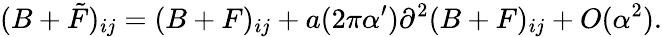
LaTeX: (B+\tilde{F})_{ij}=(B+F)_{ij}+a(2\pi\alpha^{\prime})\partial^{2}(B+F)_{ij}+O(\alpha^{2}).